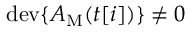
\mathrm { d e v } \{ A _ { \mathrm { M } } ( t [ i ] ) \} \ne 0